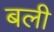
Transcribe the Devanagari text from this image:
बली